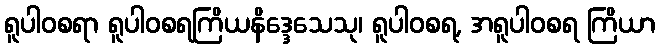
ရူပါဝစရာ ရူပါဝစရကြိယနိဒ္ဒေသေသု၊ ရူပါဝစရ, အရူပါဝစရ ကြိယာ